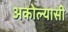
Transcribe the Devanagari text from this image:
अकोल्यासी